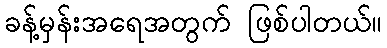
ခန့်မှန်းအရေအတွက် ဖြစ်ပါတယ်။